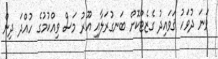
ވަނަ ދުވަހު ޤަވައިދު ގެޒެޓްކޮށް ބަނގުރަލާއި އޫރު މަސް ވިއްކުމުގެ ހުއްދަ ދިން